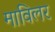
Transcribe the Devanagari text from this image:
माविलर